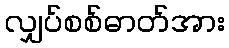
လျှပ်စစ်ဓာတ်အား